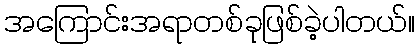
အကြောင်းအရာတစ်ခုဖြစ်ခဲ့ပါတယ်။